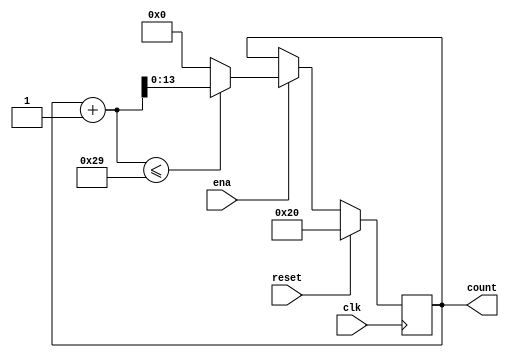
`define SIMULATION_MEMORY

module counter_41_1_32 (
	input clk,
	input reset,
	input ena,
	output reg [13:0] count
);

always @ (posedge clk) begin 
	if (reset) begin
		count <= 32;
	end else if (ena) begin
		if((count + 1) <= 41) begin
			count <= count + 1;
		end else begin
			count <= 14'd0;
		end
	end
end

endmodule